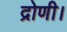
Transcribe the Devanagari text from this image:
द्रोणी।